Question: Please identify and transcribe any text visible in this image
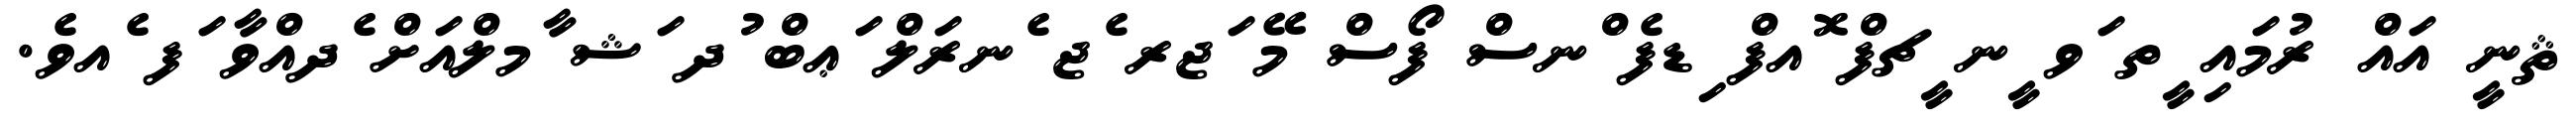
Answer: ޘނީ އައް ރުމައި ީތ ަވ ީނ ީޗފް ޮއފް ިޑފެ ްނސް ފޯސް މޭ ަޖރ ެޖ ެނރަލް ަޢބް ުދ ަޝ ާމލްއަށް ެދއްވާ ަފ ެއވެ.